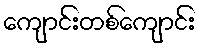
ကျောင်းတစ်ကျောင်း